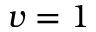
v = 1